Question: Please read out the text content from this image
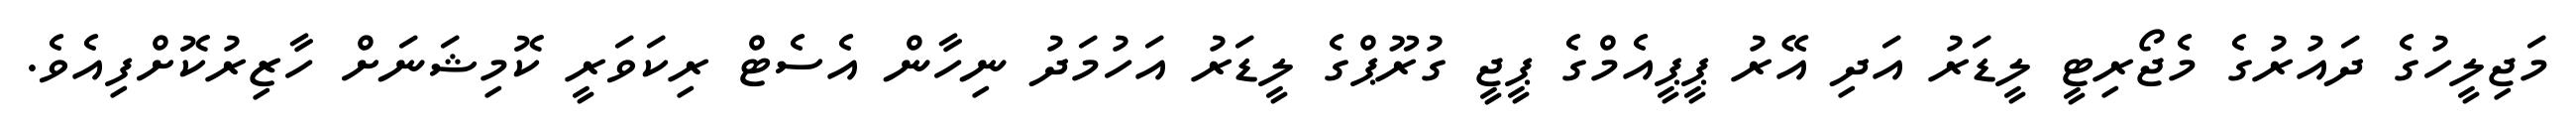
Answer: މަޖިލީހުގެ ދައުރުގެ މެޖޯރިޓީ ލީޑަރު އަދި އޭރު ޕީޕީއެމްގެ ޕީޖީ ގުރޫޕްގެ ލީޑަރު އަހުމަދު ނިހާން އެސެޓް ރިކަވަރީ ކޮމިޝަނަށް ހާޒިރުކޮށްފިއެވެ.